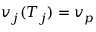
v _ { j } ( T _ { j } ) = v _ { p }